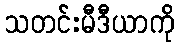
သတင်းမီဒီယာကို